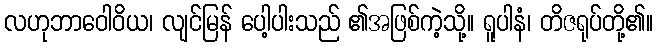
လဟုဘာဝေါဝိယ၊ လျင်မြန် ပေါ့ပါးသည် ၏အဖြစ်ကဲ့သို့။ ရူပါနံ၊ တိဇရုပ်တို့၏။